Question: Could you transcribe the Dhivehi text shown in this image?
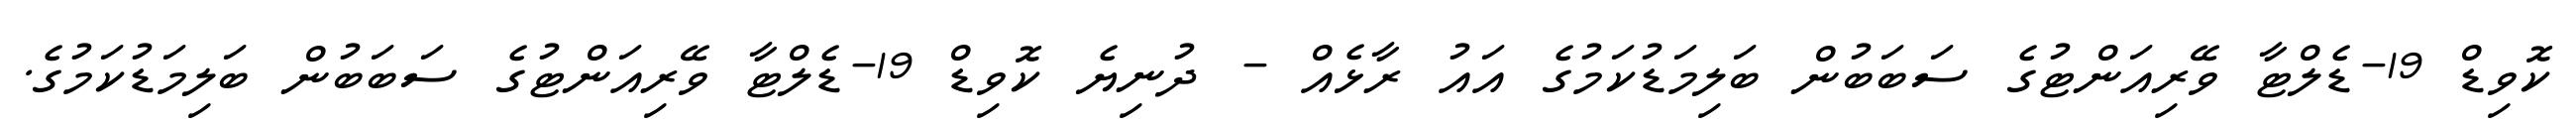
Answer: ކޮވިޑް 19-ޑެލްޓާ ވޭރިއަންޓުގެ ސަބަބުން ބަލިމަޑުކަމުގެ އައު ރާޅެއް - ދުނިޔެ ކޮވިޑް 19-ޑެލްޓާ ވޭރިއަންޓުގެ ސަބަބުން ބަލިމަޑުކަމުގެ.